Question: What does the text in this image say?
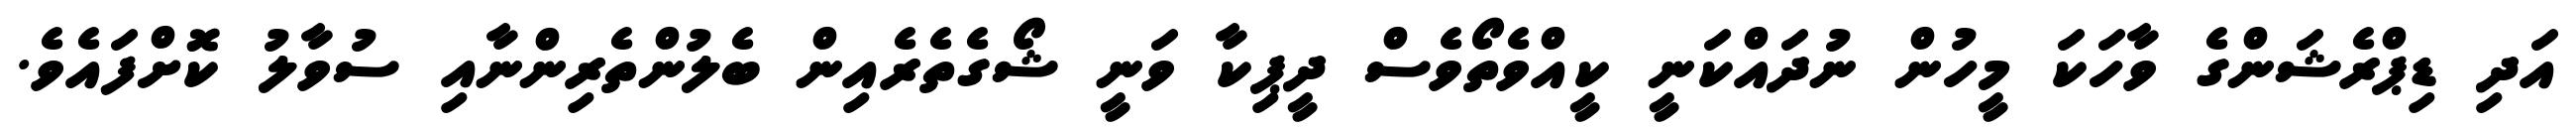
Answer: އަދި ޑިޕްރެޝަންގެ ވާހަކަ މީހުން ނުދައްކަނީ ކީއްވެތޯވެސް ދީޕިކާ ވަނީ ޝޯގެތެރެއިން ބެލުންތެރިންނާއި ސުވާލު ކޮށްފައެވެ.